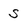
Character: S